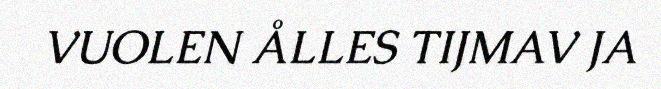
VUOLEN ÅLLES TIJMAV JA